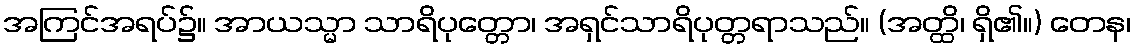
အကြင်အရပ်၌။ အာယသ္မာ သာရိပုတ္တော၊ အရှင်သာရိပုတ္တရာသည်။ (အတ္ထိ၊ ရှိ၏။) တေန၊